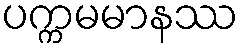
ပက္ကမမာနဿ